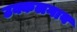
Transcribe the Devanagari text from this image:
उक्कलगाव